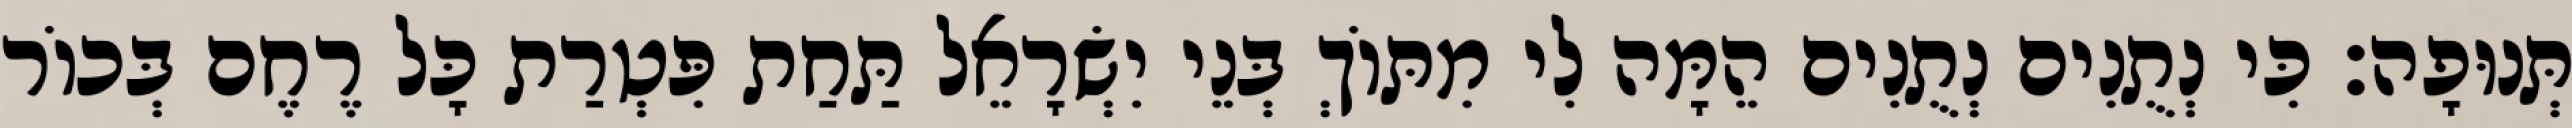
תְּנוּפָה׃ כִּי נְתֻנִים נְתֻנִים הֵמָּה לִי מִתּוֹךְ בְּנֵי יִשְׂרָאֵל תַּחַת פִּטְרַת כָּל רֶחֶם בְּכוֹר